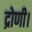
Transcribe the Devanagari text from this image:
द्रोणी।